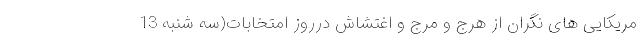
مریکایی های نگران از هرج و مرج و اغتشاش درروز امتخابات(سه شنبه 13